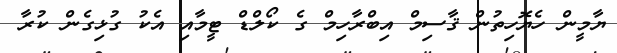
ޔާމީން ހެޔޮހިތުން ޤާސިމް އިބްރާހިމް ގެ ކޯލްޑް ޓީމާއި އެކު ގުޅިގެން ކުރާ